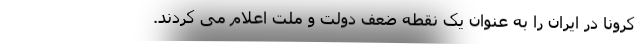
کرونا در ایران را به عنوان یک نقطه ضعف دولت و ملت اعلام می کردند.